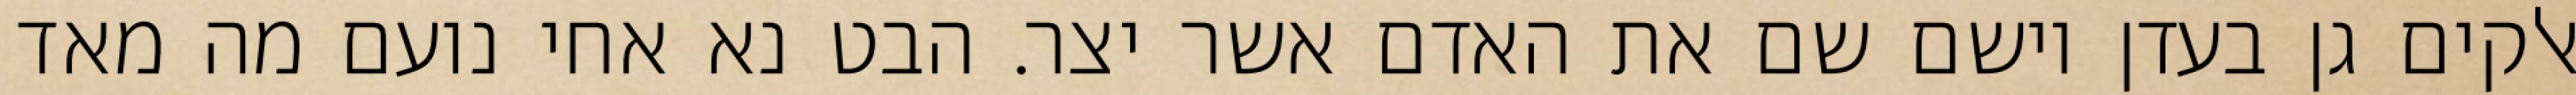
אלקים גן בעדן וישם שם את האדם אשר יצר. הבט נא אחי נועם מה מאד